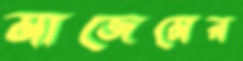
মাজেমের